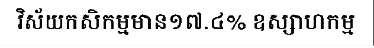
វិស័យកសិកម្មមាន១៧.៤% ឧស្សាហកម្ម